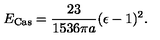
E _ { \mathrm { C a s } } = { \frac { 2 3 } { 1 5 3 6 \pi a } } ( \epsilon - 1 ) ^ { 2 } .